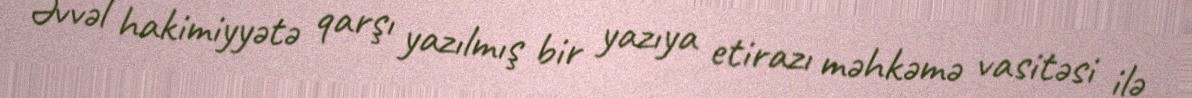
Əvvəl hakimiyyətə qarşı yazılmış bir yazıya etirazı məhkəmə vasitəsi ilə